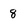
Character: 8